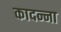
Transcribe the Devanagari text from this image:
कादन्ना